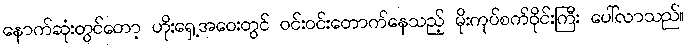
နောက်ဆုံးတွင်တော့ ဟိုးရှေ့အဝေးတွင် ဝင်းဝင်းတောက်နေသည့် မိုးကုပ်စက်ဝိုင်းကြီး ပေါ်လာသည်။